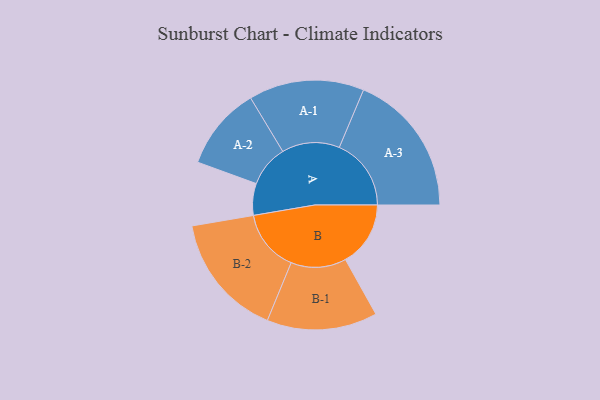
{"axis": {"x": "Segment", "y": "Value"}, "legend": ["", "A", "B"], "data": [{"x": "A", "y": 103, "type": ""}, {"x": "B", "y": 211, "type": ""}, {"x": "A-1", "y": 187, "type": "A"}, {"x": "A-2", "y": 135, "type": "A"}, {"x": "A-3", "y": 233, "type": "A"}, {"x": "B-1", "y": 179, "type": "B"}, {"x": "B-2", "y": 201, "type": "B"}]}